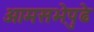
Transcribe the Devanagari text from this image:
आमसभेपुढे